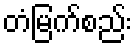
တံမြက်စည်း